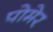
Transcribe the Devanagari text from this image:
पोमेर